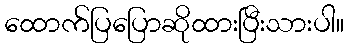
ထောက်ပြပြောဆိုထားပြီးသားပါ။